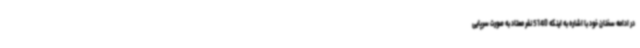
در ادامه سخنان خود با اشاره به اینکه 5140 نفر معتاد به صورت سرپایی